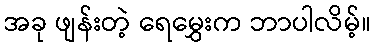
အခု ဖျန်းတဲ့ ရေမွှေးက ဘာပါလိမ့်။